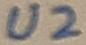
Text: U2